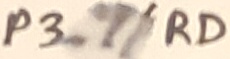
Text: P3.7/RD